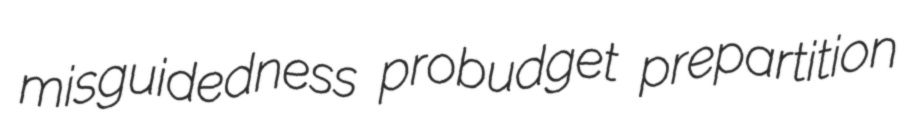
misguidedness probudget prepartition